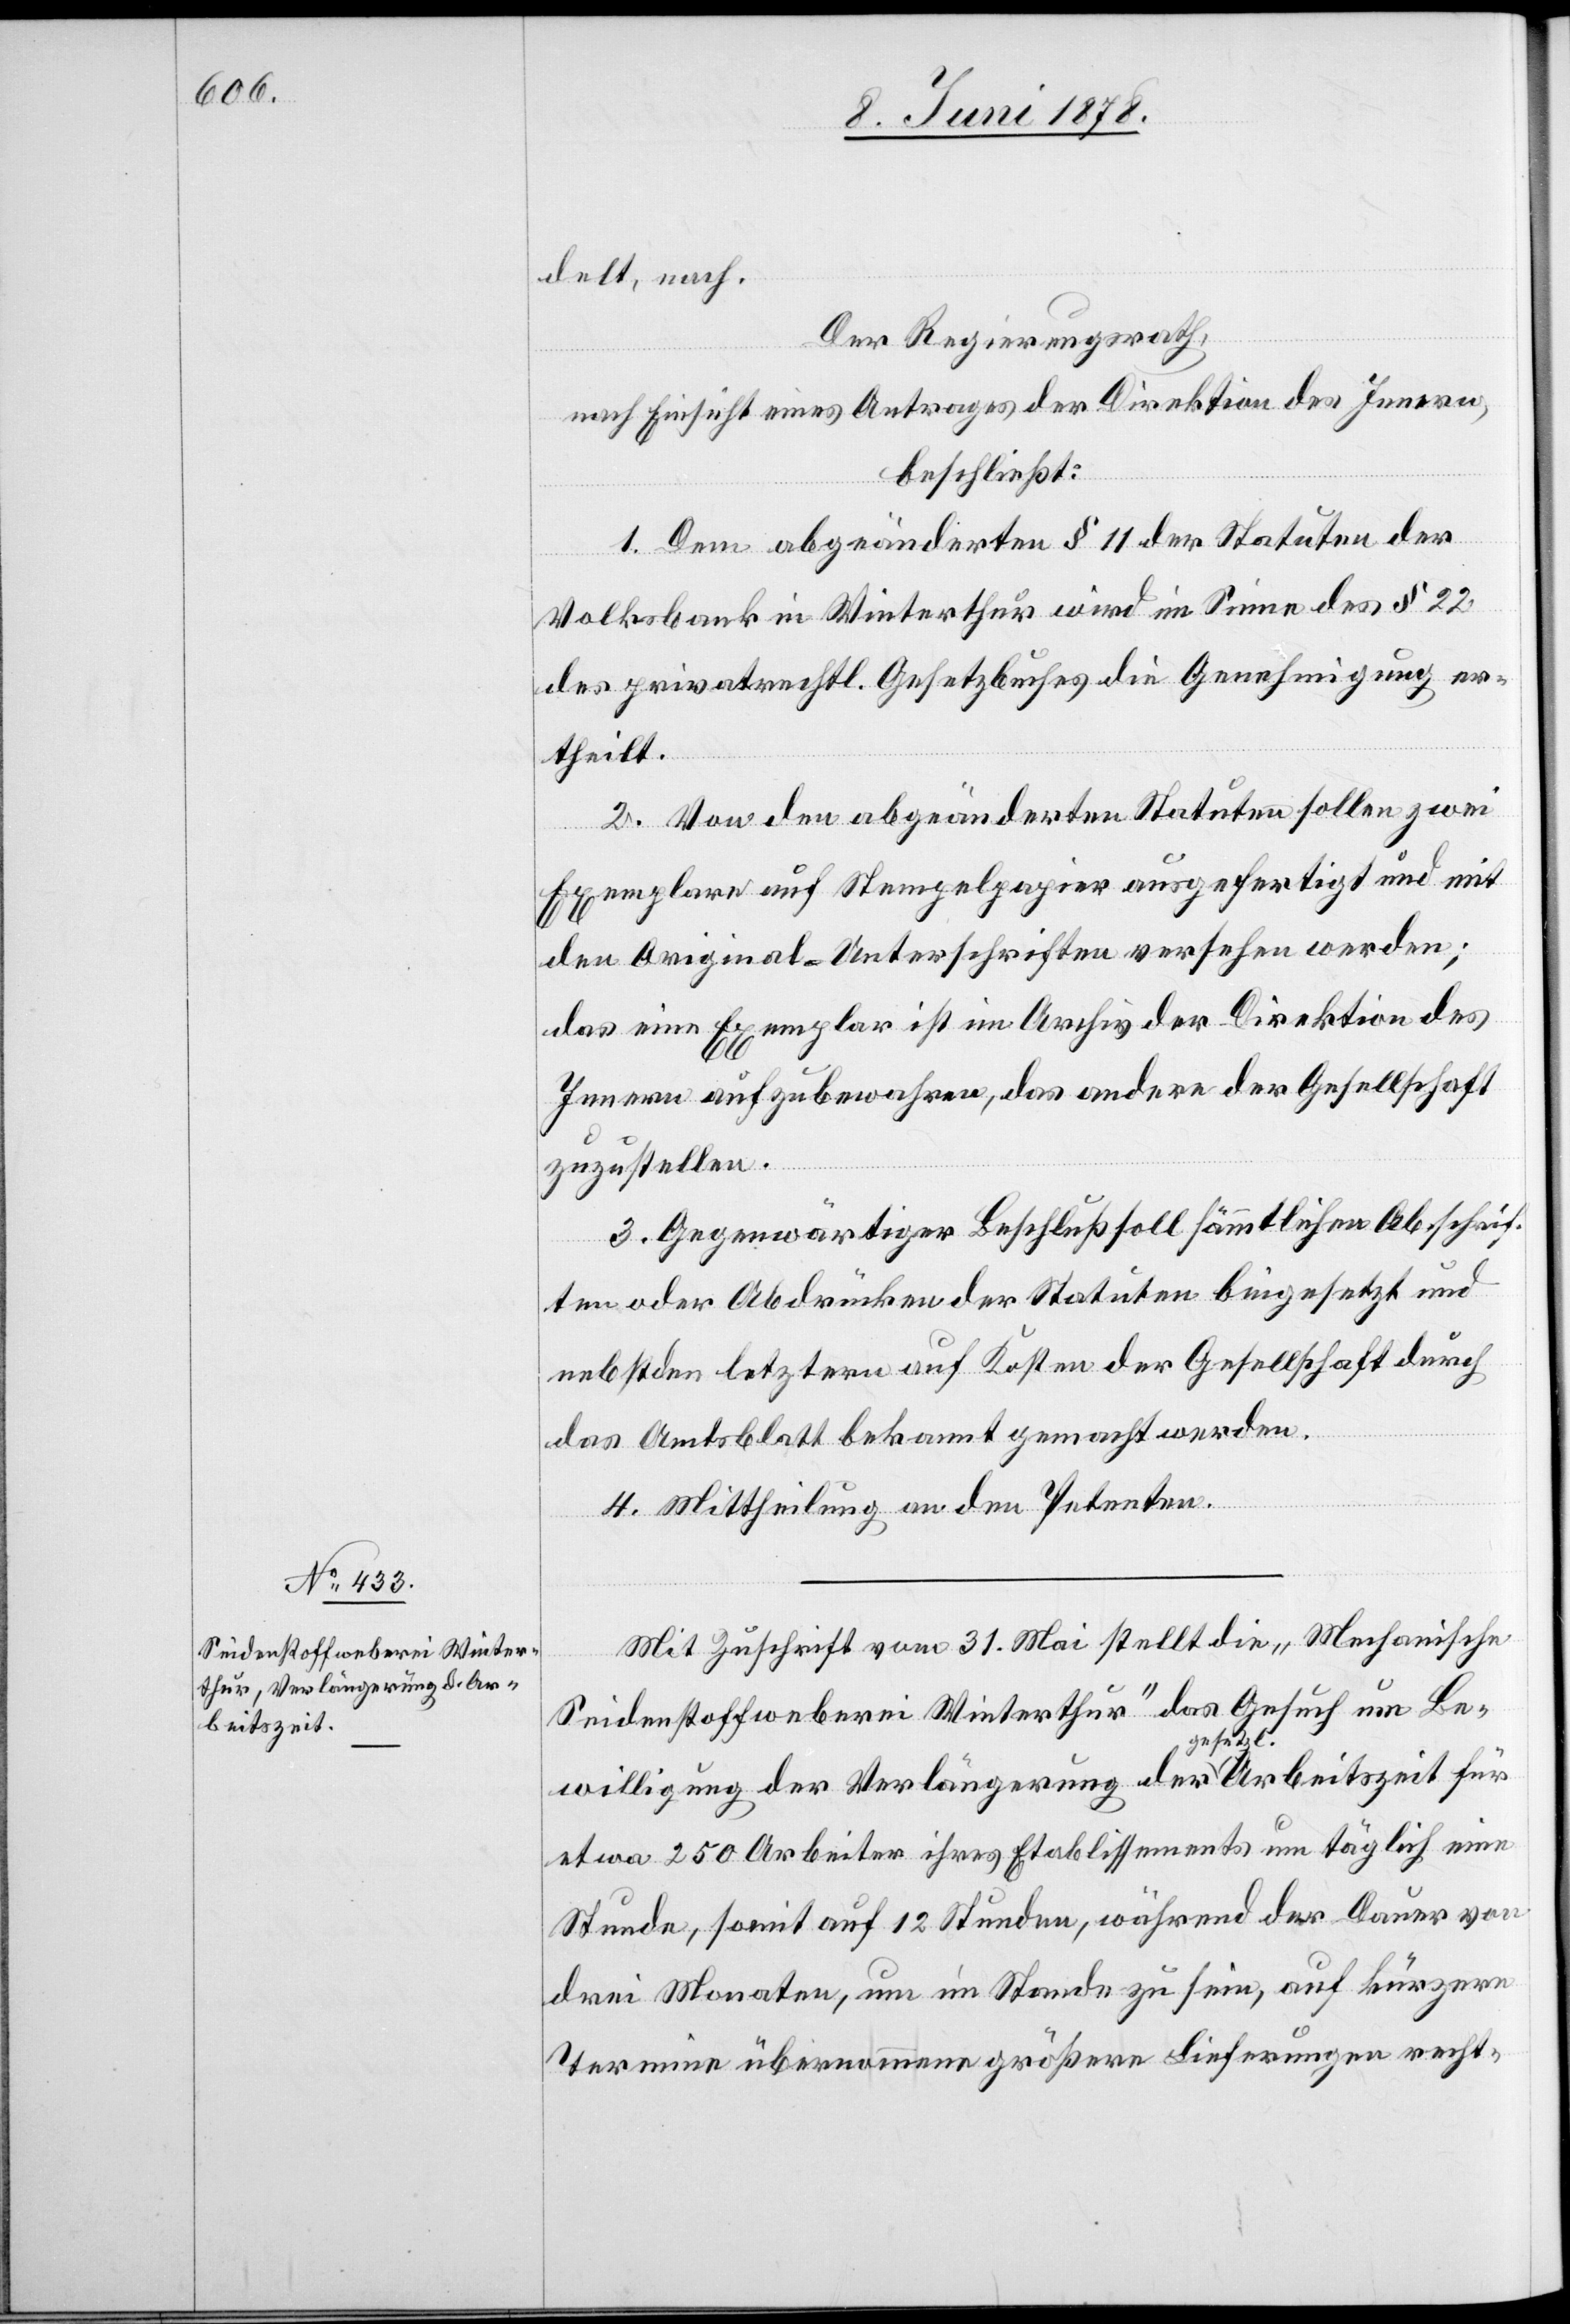
delt, nach.
Der Regierungsrath,
nach Einsicht eines Antrages der Direktion des Innern,
beschließt:
1. Dem abgeänderten § 11 der Statuten der
Volksbank in Winterthur wird im Sinne des § 22
des privatrechtl. Gesetzbuches die Genehmigung er¬
theilt.
2. Von den abgeänderten Statuten sollen zwei
Exemplare auf Stempelpapier ausgefertigt und mit
den Original-Unterschriften versehen werden;
das eine Exemplar ist im Archiv der Direktion des
Innern aufzubewahren, das andere der Gesellschaft
zuzustellen.
3. Gegenwärtiger Beschluß soll sämmtlichen Abschrif¬
ten oder Abdrücken der Statuten beigesetzt und
nebst den letztern auf Kosten der Gesellschaft durch
das Amtsblatt bekannt gemacht werden.
4. Mittheilung an den Petenten.
Mit Zuschrift vom 31. Mai stellt die „Mechanische
Seidenstoffweberei Winterthur“ das Gesuch um Be¬
willigung der Verlängerung der gesetzl. Arbeitszeit für
etwa 250 Arbeiter ihres Etablissements um täglich eine
Stunde, somit auf 12 Stunden, während der Dauer von
drei Monaten, um im Stande zu sein, auf kürzere
Termine übernommene größere Lieferungen recht-